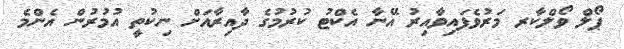
ޕޯލް ވޯލްކާރ މަރުވެފައިވާއިރު އޭނާ އެކްޓު ކުރުމުގެ ދާއިރާއަށް ނިކުތީ އުމުރުން އެންމެ